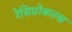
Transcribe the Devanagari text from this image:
रेसिप्रोकल्स